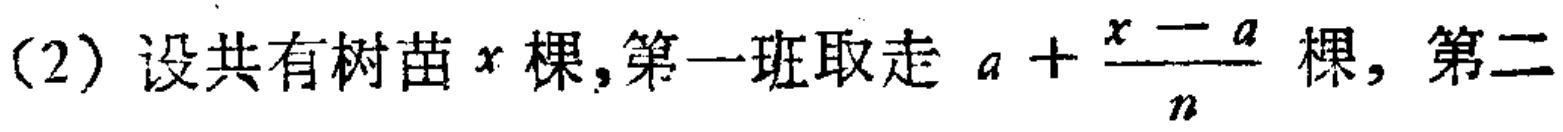
(2) 设共有树苗\(x\)棵, 第一班取走\(a + \frac{x - a}{n}\)棵, 第二